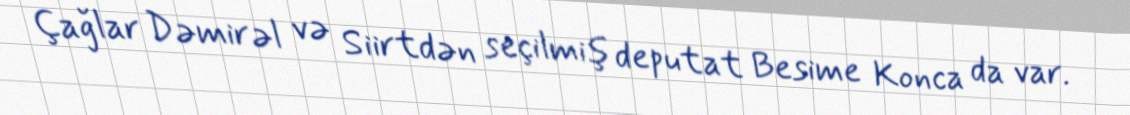
Çağlar Dəmirəl və Siirtdən seçilmiş deputat Besime Konca da var.